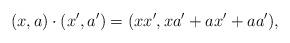
LaTeX: \begin{align*}(x,a) \cdot (x',a') = (xx', xa' + ax' + aa'),\end{align*}